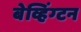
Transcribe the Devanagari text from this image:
बेव्हिंग्टन